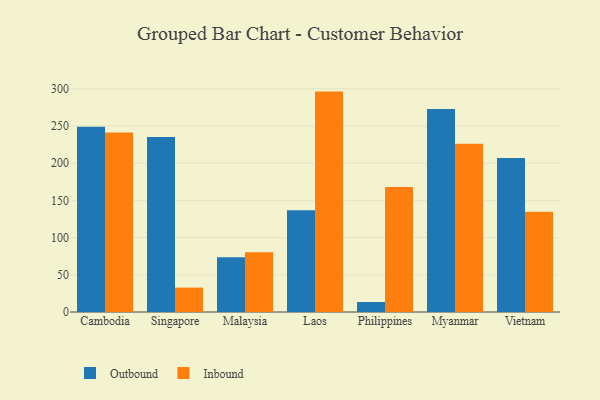
{"axis": {"x": "Country", "y": "Backlog"}, "legend": ["Inbound", "Outbound"], "data": [{"x": "Cambodia", "y": 248.9, "type": "Outbound"}, {"x": "Cambodia", "y": 241.1, "type": "Inbound"}, {"x": "Singapore", "y": 235.2, "type": "Outbound"}, {"x": "Singapore", "y": 32.8, "type": "Inbound"}, {"x": "Malaysia", "y": 73.7, "type": "Outbound"}, {"x": "Malaysia", "y": 80.2, "type": "Inbound"}, {"x": "Laos", "y": 136.6, "type": "Outbound"}, {"x": "Laos", "y": 296.2, "type": "Inbound"}, {"x": "Philippines", "y": 13.4, "type": "Outbound"}, {"x": "Philippines", "y": 168.1, "type": "Inbound"}, {"x": "Myanmar", "y": 272.9, "type": "Outbound"}, {"x": "Myanmar", "y": 226.0, "type": "Inbound"}, {"x": "Vietnam", "y": 206.8, "type": "Outbound"}, {"x": "Vietnam", "y": 134.7, "type": "Inbound"}]}